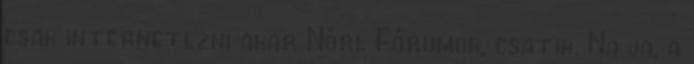
csak internetezni akar Nóri. Fórumok, csatik. Na ja, a